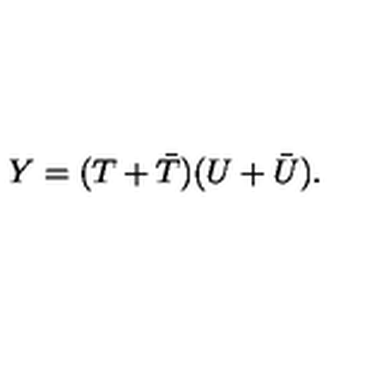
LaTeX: Y = ( T + { \bar { T } } ) ( U + { \bar { U } } ) .